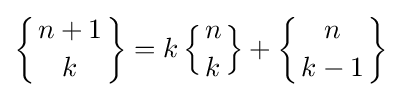
\left\{{n+1 \atop k}\right\}=k\left\{{n \atop k}\right\}+\left\{{n \atop k-1}\right\}